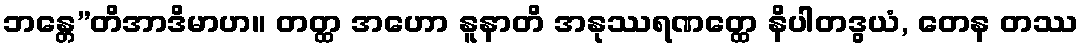
ဘန္တေ”တိအာဒိမာဟ။ တတ္ထ အဟော နူနာတိ အနုဿရဏတ္ထေ နိပါတဒွယံ, တေန တဿ